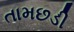
તામછડી